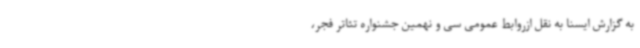
به گزارش ایسنا به نقل ازروابط عمومی سی و نهمین جشنواره تئاتر فجر،